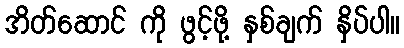
အိတ်ဆောင် ကို ဖွင့်ဖို့ နှစ်ချက် နှိပ်ပါ။